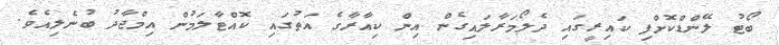
ބޯޓު ލޭންޑްކޮށްފި ކައިރީގައި ދެލޯމަރާލައިގެން އިން ކިއާރާގެ އަތުގައި ކޮއްޓާލަމުން އިމްޖާދު ބުނެލިއެވެ.